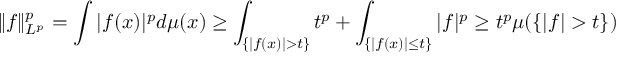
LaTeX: \| f \| _ { L ^ { p } } ^ { p } = \int | f ( x ) | ^ { p } d \mu ( x ) \geq \int _ { \{ | f ( x ) | > t \} } t ^ { p } + \int _ { \{ | f ( x ) | \leq t \} } | f | ^ { p } \geq t ^ { p } \mu ( \{ | f | > t \} )